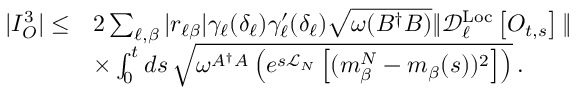
\begin{array} { r l } { | I _ { O } ^ { 3 } | \le } & { 2 \sum _ { \ell , \beta } | r _ { \ell \beta } | \gamma _ { \ell } ( \delta _ { \ell } ) \gamma _ { \ell } ^ { \prime } ( \delta _ { \ell } ) \sqrt { \omega ( B ^ { \dagger } B ) } \| \mathcal { D } _ { \ell } ^ { \mathrm { L o c } } \left[ O _ { t , s } \right] \| } \\ & { \times \int _ { 0 } ^ { t } d s \, \sqrt { \omega ^ { A ^ { \dagger } A } \left( e ^ { s \mathcal { L } _ { N } } \left[ ( m _ { \beta } ^ { N } - m _ { \beta } ( s ) ) ^ { 2 } \right] \right) } \, . } \end{array}